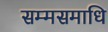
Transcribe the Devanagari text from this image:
सम्मसमाधि